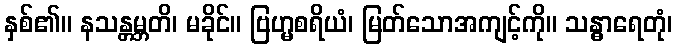
နှစ်၏။ နသန္တမ္ဘတိ၊ မခိုင်။ ဗြဟ္မစရိယံ၊ မြတ်သောအကျင့်ကို။ သန္ဓာရေတုံ၊